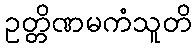
ဥတ္တိဏမကံသူတိ